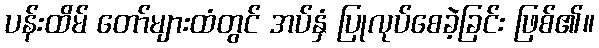
ပန်းထိမ် တော်များထံတွင် အပ်နှံ ပြုလုပ်စေခဲ့ခြင်း ဖြစ်၏။